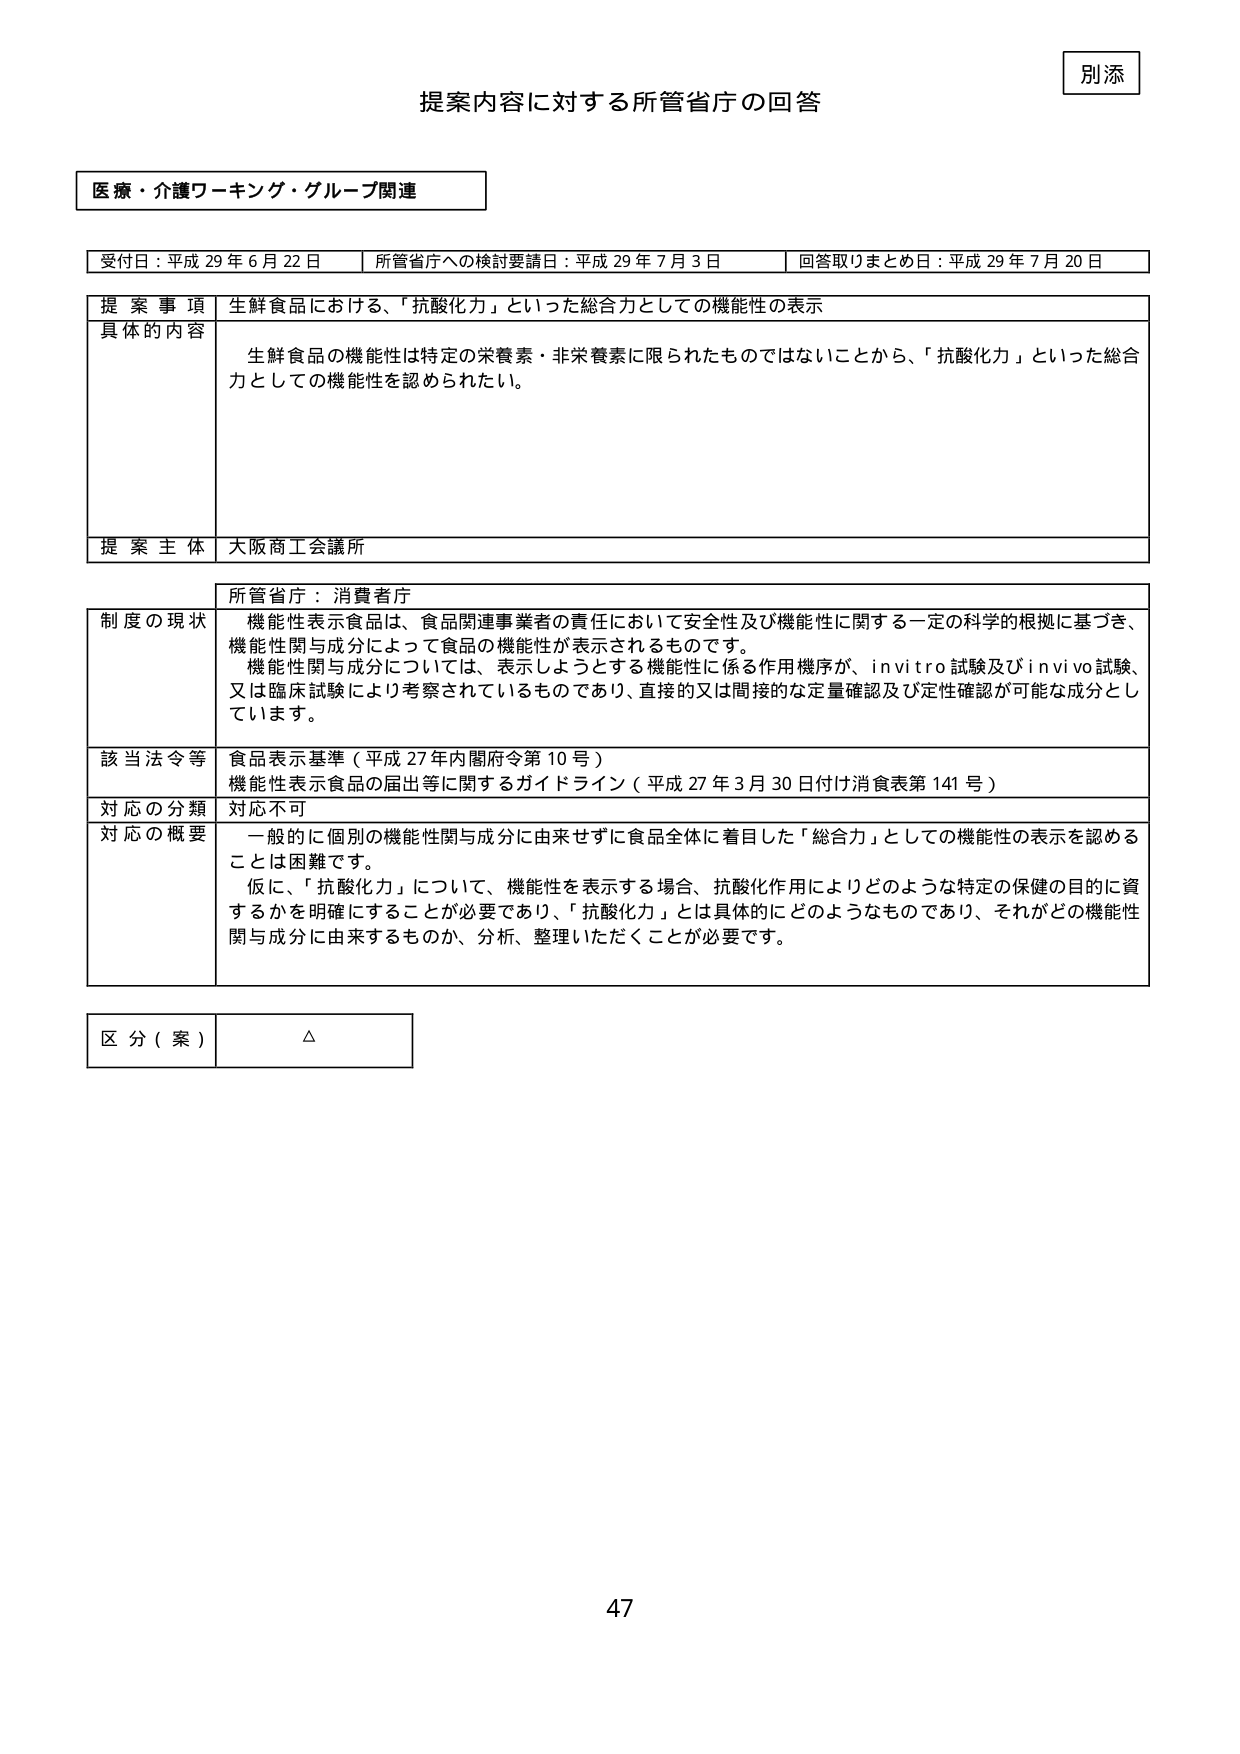
別添
提案内容に対する所管省庁の回答

医療・介護ワーキング・グループ関連

受付日：平成29年6月22日　　所管省庁への検討要請日：平成29年7月3日　　回答取りまとめ日：平成29年7月20日

提案事項　　生鮮食品における、「抗酸化力」といった総合力としての機能性の表示
具体的な内容　　生鮮食品の機能性は特定の栄養素・非栄養素に限られたものではないことから、「抗酸化力」といった総合力としての機能性を認められたい。

提案主体　　大阪商工会議所

所管省庁：消費者庁

制度の現状　　機能性表示食品は、食品関連事業者の責任において安全性及び機能性に関する一定の科学的根拠に基づき、機能性関与成分によって食品の機能性が表示されるものです。
機能性関与成分については、表示しようとする機能性に係る作用機序が、in vitro試験及びin vivo試験、又は臨床試験により考察されているものであり、直接的又は間接的な定量確認及び定性確認が可能な成分としています。

該当法令等　　食品表示基準（平成27年内閣府令第10号）
機能性表示食品の届出等に関するガイドライン（平成27年3月30日付け消食表第141号）

対応の分類　　対応不可

対応の概要　　一般的に個別の機能性関与成分に由来せずに食品全体に着目した「総合力」としての機能性の表示を認めることは困難です。
仮に、「抗酸化力」について、機能性を表示する場合、抗酸化作用によりどのような特定の保健の目的に資するかを明確にすることが必要であり、「抗酸化力」とは具体的にどのようなものであり、それがどの機能性関与成分に由来するものか、分析、整理いただくことが必要です。

区分（案）　　△

47